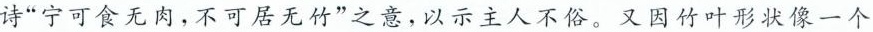
诗”宁可食无肉，不可居无竹”之意，以示主人不俗。又因竹叶形状像一个